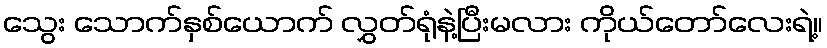
သွေး သောက်နှစ်ယောက် လွှတ်ရုံနဲ့ပြီးမလား ကိုယ်တော်လေးရဲ့။